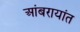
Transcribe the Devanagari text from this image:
आंबरायांत